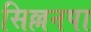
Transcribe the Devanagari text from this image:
सिल्लनपा